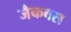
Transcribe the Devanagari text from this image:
जैकबस